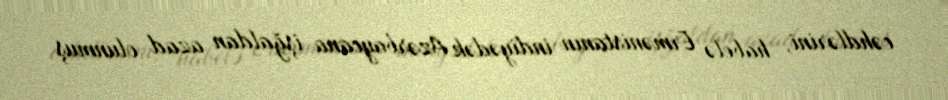
cəhdlərini, habelə Ermənistanın indiyədək Azərbaycana işğaldan azad olunmuş